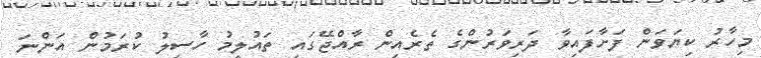
މިހާރު ކިޔަވަން ފަށާފައިވާ ދަރިވަރުންގެ ތެރެއިން ރާއްޖޭގައި ތައުލީމު ހާސިލު ކުރަމުން އަންނަ